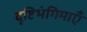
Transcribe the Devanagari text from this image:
दृष्टिभंगिमाएँ